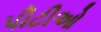
પીટીઓ